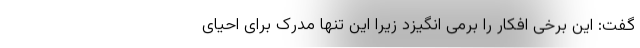
گفت: این برخی افکار را برمی انگیزد زیرا این تنها مدرک برای احیای